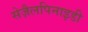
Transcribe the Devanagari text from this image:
सेज़ैलपिनाइडी